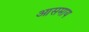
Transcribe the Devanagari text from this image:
आसमाय